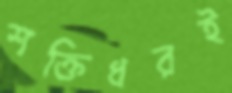
শক্তিধরই